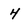
Character: 4